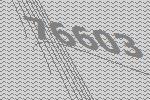
76603